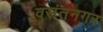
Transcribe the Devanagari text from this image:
वसंतनगर